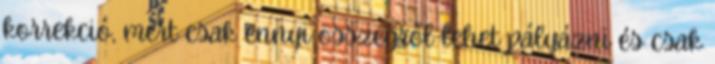
korrekció, mert csak ennyi összegről lehet pályázni és csak